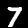
Digit: 7